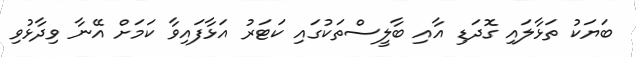
ބަޔަކު ތަޅާލައި ގޮދަޑި އާއި ބާލީސްތަކުގައި ކަޓަރު އަޅާފައިވާ ކަމަށް އޭނާ ވިދާޅުވި